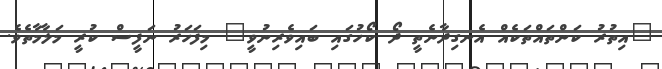
"އިތުރު ކަންތައްތަކެއް އެނގިދާނެތީ ދޯ ކޯހުގައި ބައިވެރިނުވީ" މިފަހަރު ނަފީސް ކުރީ މަލާމާތެވެ.